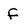
Character: f